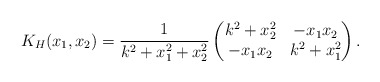
\begin{align*}K_H(x_1,x_2)=\frac{1}{k^2+x_1^2+x_2^2}\begin{pmatrix}k^2+x_2^2 & -x_1x_2 \\-x_1x_2 & k^2+x_1^2\end{pmatrix}.\end{align*}